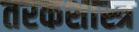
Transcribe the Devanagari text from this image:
तरकशास्त्र